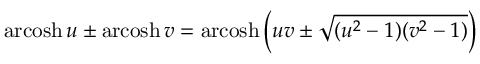
\operatorname { a r c o s h } u \pm \operatorname { a r c o s h } v = \operatorname { a r c o s h } \left( u v \pm { \sqrt { ( u ^ { 2 } - 1 ) ( v ^ { 2 } - 1 ) } } \right)